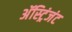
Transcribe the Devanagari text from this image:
अॅस्ट्रिंजंट